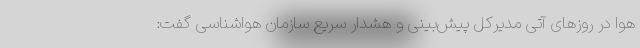
هوا در روزهای آتی مدیرکل پیش‌بینی و هشدار سریع سازمان هواشناسی گفت: